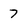
Character: 7